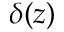
\delta ( z )